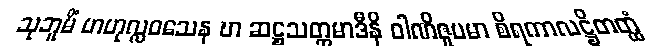
သုဘူမိံ ဗာဟုလ္လဝသေန ဎာ ဆဋ္ဌသတ္တမာဒီနိ ဝါဏိဇူပမာ စိရကာလဋ္ဌိတတ္ထံ